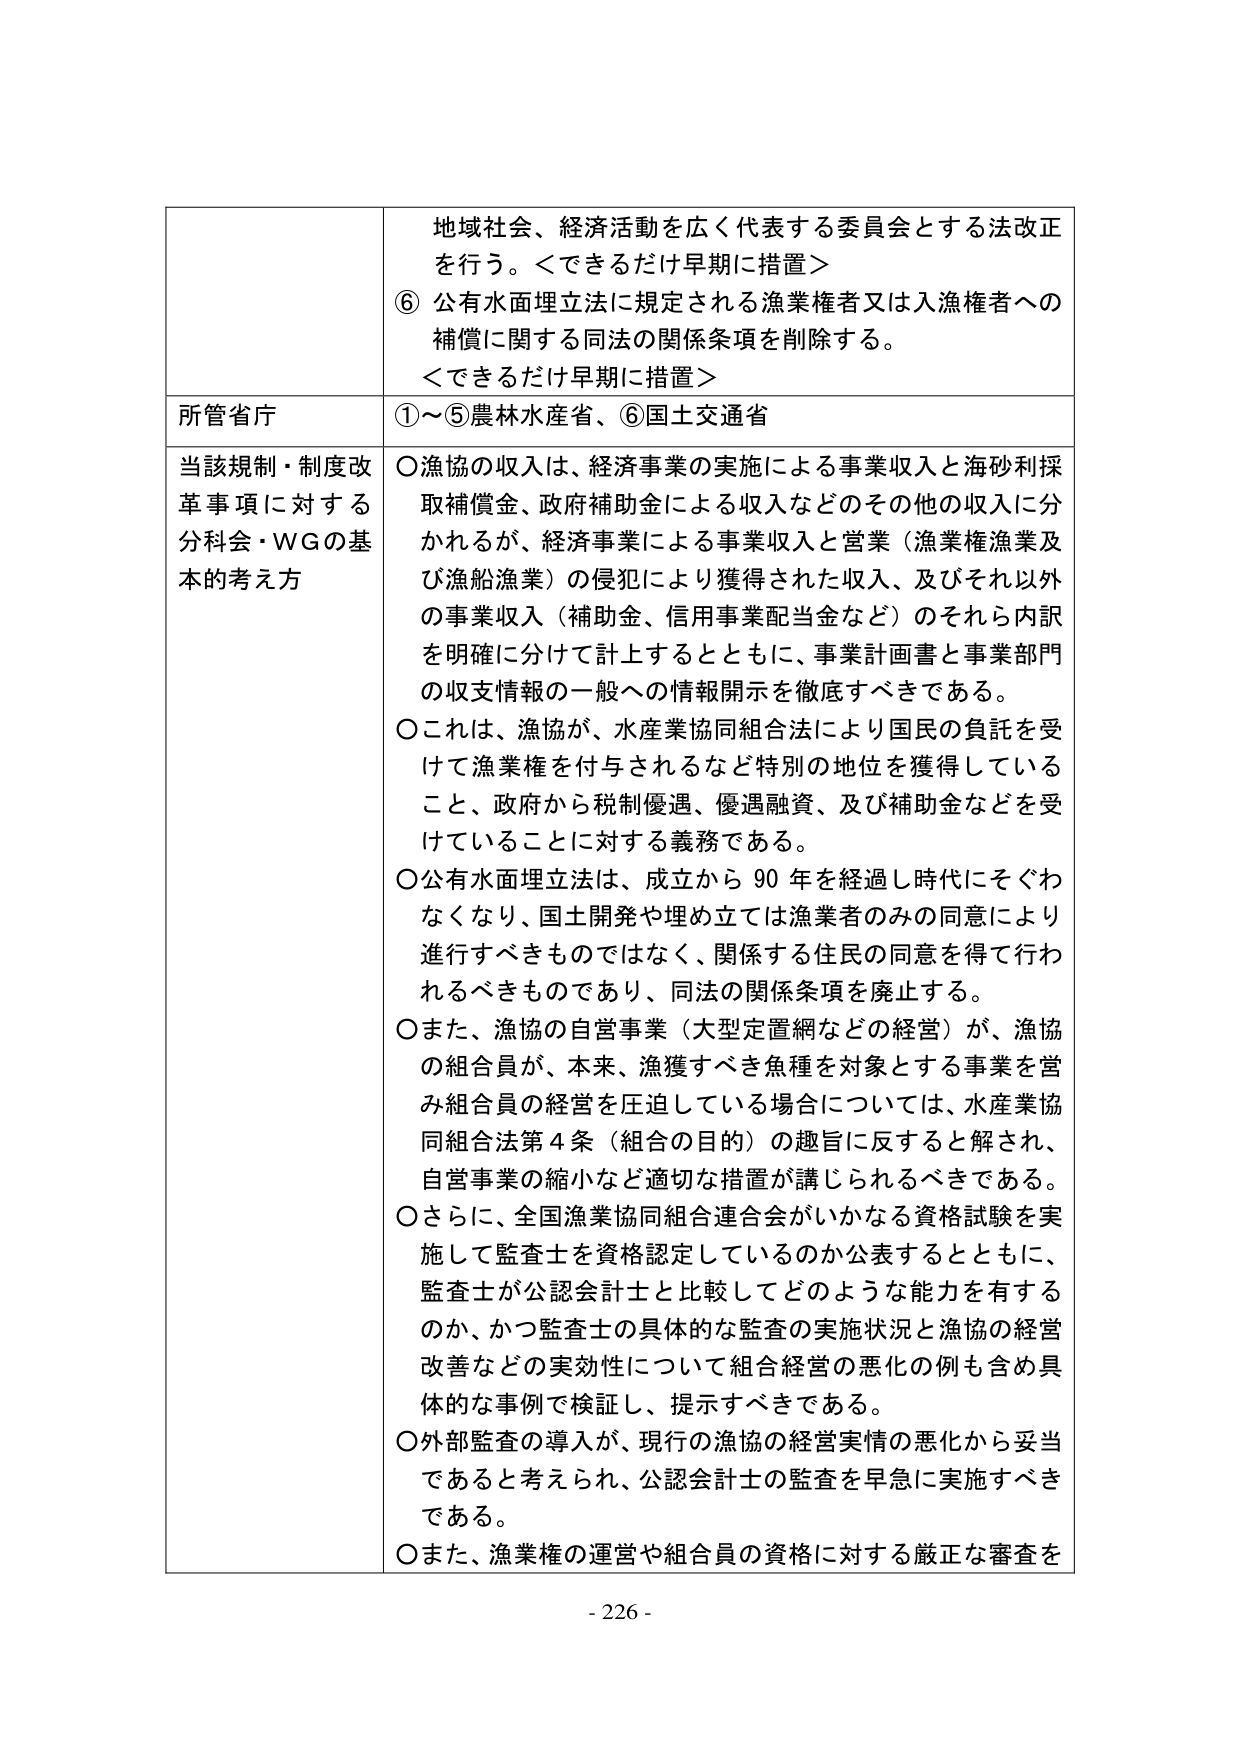
地域社会、経済活動を広く代表する委員会とする法改正を行う。＜できるだけ早期に措置＞
⑥ 公有水面埋立法に規定される漁業権者又は入漁権者への補償に関する同法の関係条項を削除する。
＜できるだけ早期に措置＞

所管省庁
①～⑤農林水産省、⑥国土交通省

当該規制・制度改革事項に対する分科会・WGの基本的考え方
○漁協の収入は、経済事業の実施による事業収入と海砂利採取補償金、政府補助金による収入などのその他の収入に分かれるが、経済事業による事業収入と営業（漁業権漁業及び漁船漁業）の侵犯により獲得された収入、及びそれ以外の事業収入（補助金、信用事業配当金など）のそれら内訳を明確に分けて計上するとともに、事業計画書と事業部門の収支情報の一般への情報開示を徹底すべきである。
○これは、漁協が、水産業協同組合法により国民の負託を受けて漁業権を付与されるなど特別の地位を獲得していること、政府から税制優遇、優遇融資、及び補助金などを受けていることに対する義務である。
○公有水面埋立法は、成立から90年を経過し時代にそぐわなくなり、国土開発や埋め立ては漁業者のみの同意により進行すべきものではなく、関係する住民の同意を得て行われるべきものであり、同法の関係条項を廃止する。
○また、漁協の自営事業（大型定置網などの経営）が、漁協の組合員が、本来、漁獲すべき魚種を対象とする事業を営み組合員の経営を圧迫している場合については、水産業協同組合法第4条（組合の目的）の趣旨に反すると解され、自営事業の縮小など適切な措置が講じられるべきである。
○さらに、全国漁業協同組合連合会がいかなる資格試験を実施して監査士を資格認定しているのか公表するとともに、監査士が公認会計士と比較してどのような能力を有するのか、かつ監査士の具体的な監査の実施状況と漁協の経営改善などの実効性について組合経営の悪化の例も含め具体的な事例で検証し、提示すべきである。
○外部監査の導入が、現行の漁協の経営実情の悪化から妥当であると考えられ、公認会計士の監査を早急に実施すべきである。
○また、漁業権の運営や組合員の資格に対する厳正な審査を

- 226 -